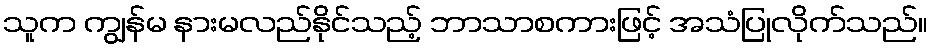
သူက ကျွန်မ နားမလည်နိုင်သည့် ဘာသာစကားဖြင့် အသံပြုလိုက်သည်။